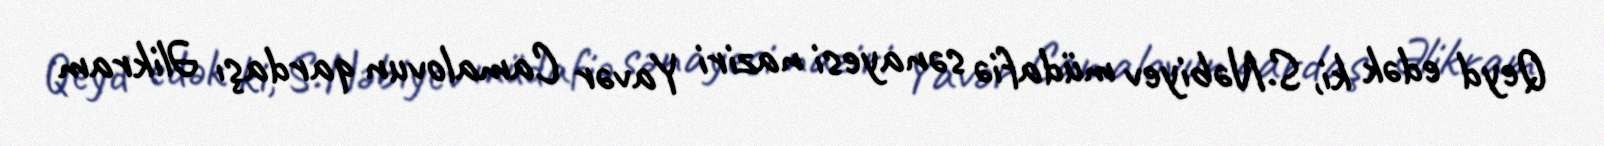
Qeyd edək ki, S.Nəbiyev müdafiə sənayesi naziri Yavər Camalovun qardaşı Əlikram